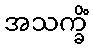
အသက္ခိံ